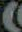
)